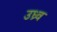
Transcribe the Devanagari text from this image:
उध्र्व